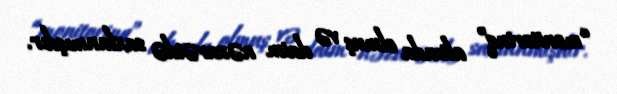
“monitorinq” altında olmuş və daim nəzarətdə saxlanmışdır.